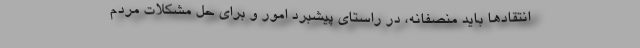
انتقادها باید منصفانه، در راستای پیشبرد امور و برای حل مشکلات مردم